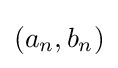
(a_{n},b_{n})